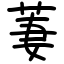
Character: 萋